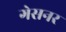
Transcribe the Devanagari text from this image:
गेसनर